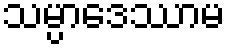
သမ္ပာဒေဿာမ